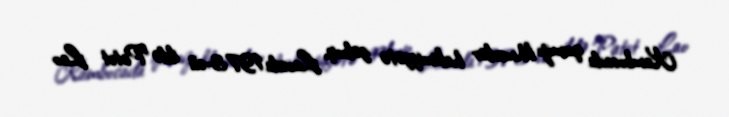
Kambocada qırmızı khmerlər hakimiyyətə gəlmiş, Laosda 1973-cü ildə Patet Lao